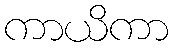
ကာယိကာ